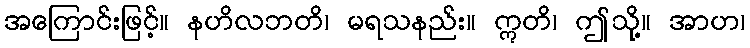
အကြောင်းဖြင့်။ နဟိလဘတိ၊ မရသနည်း။ ဣတိ၊ ဤသို့။ အာဟ၊